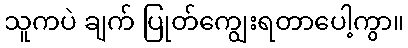
သူကပဲ ချက် ပြုတ်ကျွေးရတာပေါ့ကွာ။